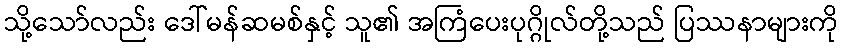
သို့သော်လည်း ဒေါ်မန်ဆမစ်နှင့် သူ၏ အကြံပေးပုဂ္ဂိုလ်တို့သည် ပြဿနာများကို